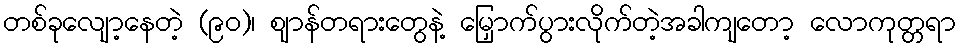
တစ်ခုလျော့နေတဲ့ (၉၀)၊ ဈာန်တရားတွေနဲ့ မြှောက်ပွားလိုက်တဲ့အခါကျတော့ လောကုတ္တရာ